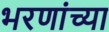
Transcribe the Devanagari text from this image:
भरणांच्या